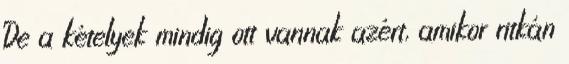
De a kételyek mindig ott vannak azért, amikor ritkán